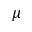
\mu